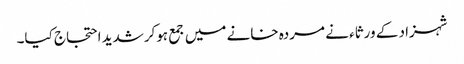
شہزاد کے ورثاء نے مردہ خانے میں جمع ہوکرشدید احتجاج کیا۔